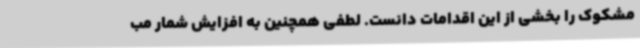
مشکوک را بخشی از این اقدامات دانست. لطفی همچنین به افزایش شمار مب